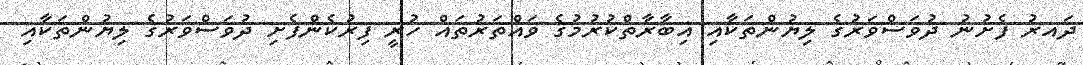
ދައރު ފެށުނު ދުވަސްވަރުގެ ލިޔުންތަކާއި އިބާރާތްކުރުމުގެ ވައްތަރުތައް ހުރީ ފިރުކެންފެށި ދުވަސްވަރުގެ ލިޔުންތަކާއި